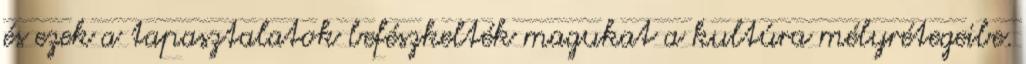
és ezek a tapasztalatok befészkelték magukat a kultúra mélyrétegeibe.